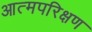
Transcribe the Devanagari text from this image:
आत्मपरिक्षण